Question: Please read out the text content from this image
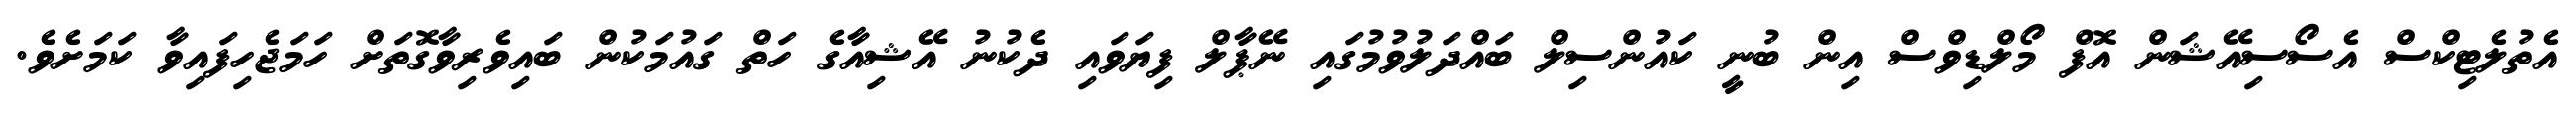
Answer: އެތުލެޓިކްސް އެސޯސިއޭޝަން އޮފް މޯލްޑިވްސް އިން ބުނީ ކައުންސިލް ބައްދަލުވުމުގައި ނޭޕާލް ފިޔަވައި ދެކުނު އޭޝިއާގެ ހަތް ގައުމަކުން ބައިވެރިވާގޮތަށް ހަމަޖެހިފައިވާ ކަމަށެވެ.